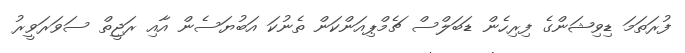
ފުރަތަމަ ޑިވިޝަންގެ ފިރިހެން ޑަބަލްސް ޗެމްޕިއަންކަން ތެނުކަ އަބުޔަސެން އާއި ރަޖީތް ސަވަރަވީރު